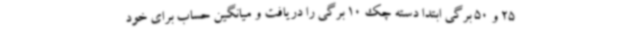
25 و 50 برگی ابتدا دسته چک 10 برگی را دریافت و میانگین حساب برای خود